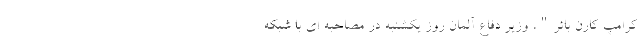
کرامپ کارن بائر"، وزیر دفاع آلمان روز یکشنبه در مصاحبه ای با شبکه